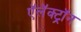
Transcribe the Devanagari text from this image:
ऍलॅक्ट्रॉन